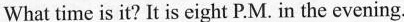
What time is it? It is eight P.M. In the evening.